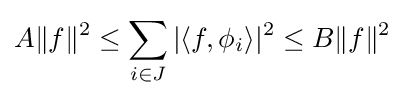
A\|f\|^{2}\leq \sum _{i\in J}|\langle f,\phi _{i}\rangle |^{2}\leq B\|f\|^{2}